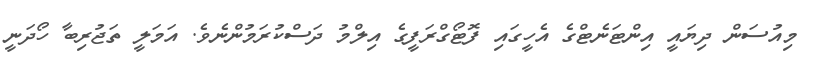
މިއުސަން ދިޔައީ އިންޓަނެޓްގެ އެހީގައި ފޮޓޯގްރަފީގެ އިލްމު ދަސްކުރަމުންނެވެ. އަމަލީ ތަޖުރިބާ ހޯދަނީ